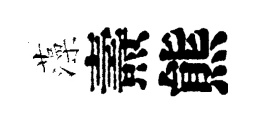
藻燾熊